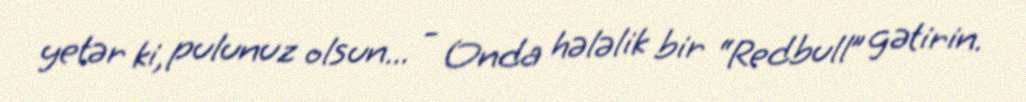
yetər ki, pulunuz olsun... - Onda hələlik bir “Redbull” gətirin.